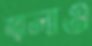
জ্বালাও